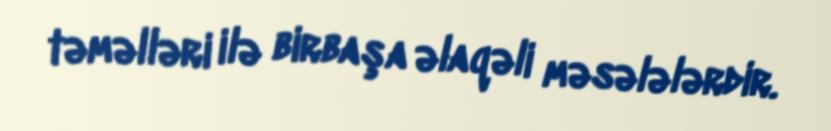
təməlləri ilə birbaşa əlaqəli məsələlərdir.